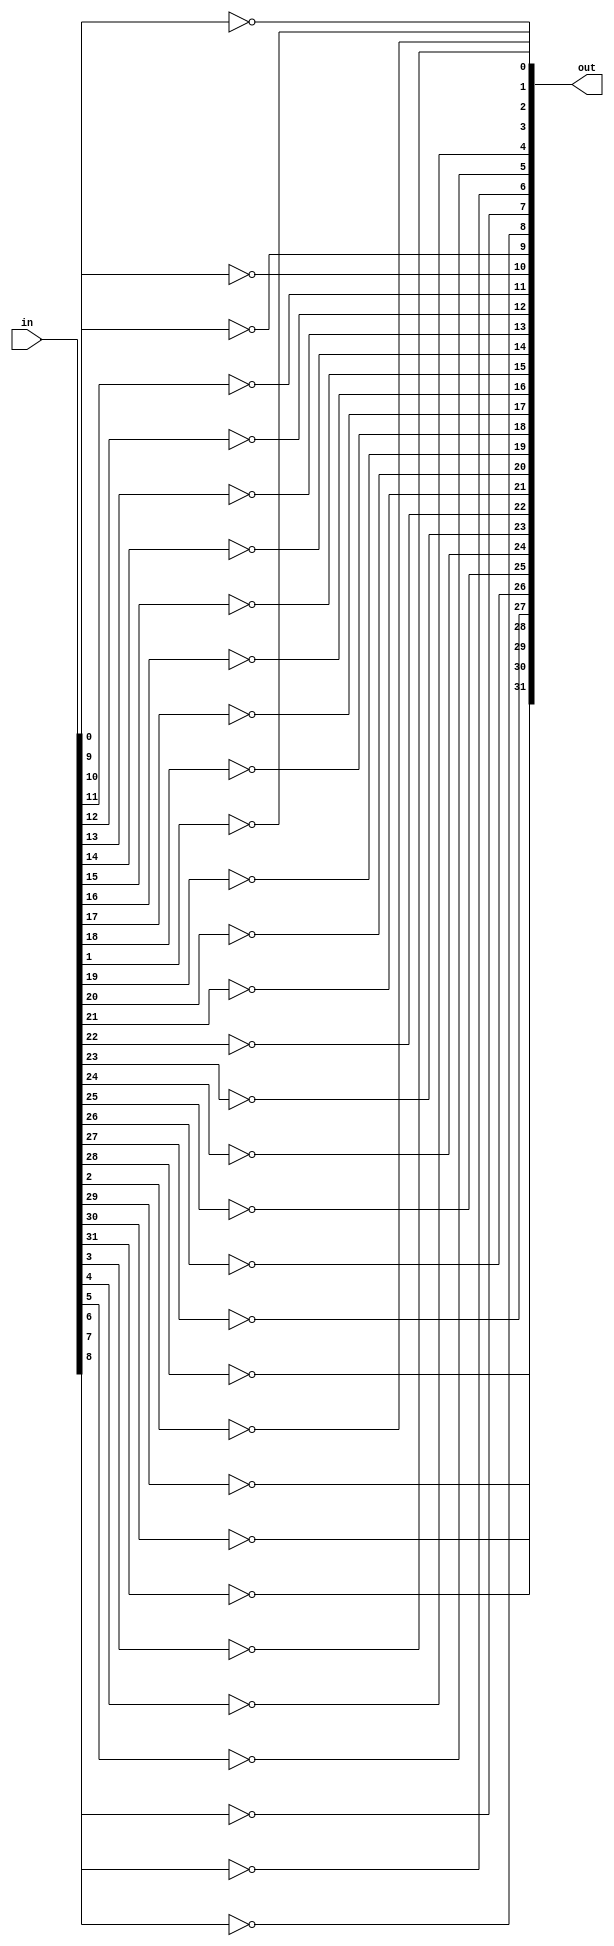
module bitNot(out, in);
	input [31:0] in;
	
	output [31:0] out;
	
	genvar i;
	generate
		for(i = 0; i < 32; i=i+1) begin: loop1
			not mynot(out[i], in[i]);
		end
	endgenerate

endmodule